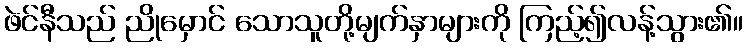
ဖဲင်နီသည် ညိုမှောင် သောသူတို့မျက်နှာများကို ကြည့်၍လန့်သွား၏။